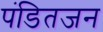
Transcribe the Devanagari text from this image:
पंडितजन